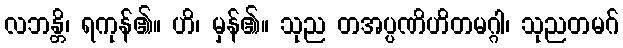
လဘန္တိ၊ ရကုန်၏။ ဟိ၊ မှန်၏။ သုည တအပ္ပဏိဟိတမဂ္ဂါ၊ သုညတမဂ်